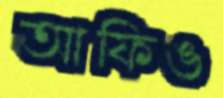
আফিঙ